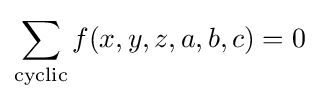
\sum _{\text{cyclic}}f(x,y,z,a,b,c)=0